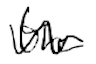
Text: the
Cross-out: wave
Writing tool: digital_black